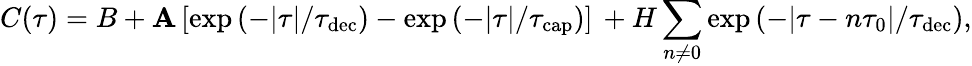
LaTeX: C(\tau)=B+\mathbf{A}\left[\exp\left(-|\tau|/\tau_{\mathrm{{dec}}}\right)-\exp\left(-|\tau|/\tau_{\mathrm{{cap}}}\right)\right]\, +H\sum_{n\neq0}\exp\left(-|\tau-n\tau_{0}|/\tau_{\mathrm{{dec}}}\right),